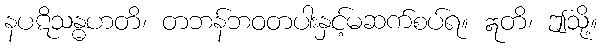
နပဋိသန္ဓဟတိ၊ တဘန်ဘဝတပါးနှင့်မဆက်စပ်ရ။ ဣတိ၊ ဤသို့။